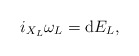
\begin{gather*} i _{ X _L } \omega _L = \mathrm{d} E _L ,\end{gather*}